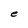
Character: e